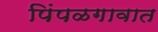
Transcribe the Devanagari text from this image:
पिंपळगावात